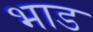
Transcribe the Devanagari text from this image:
भाड